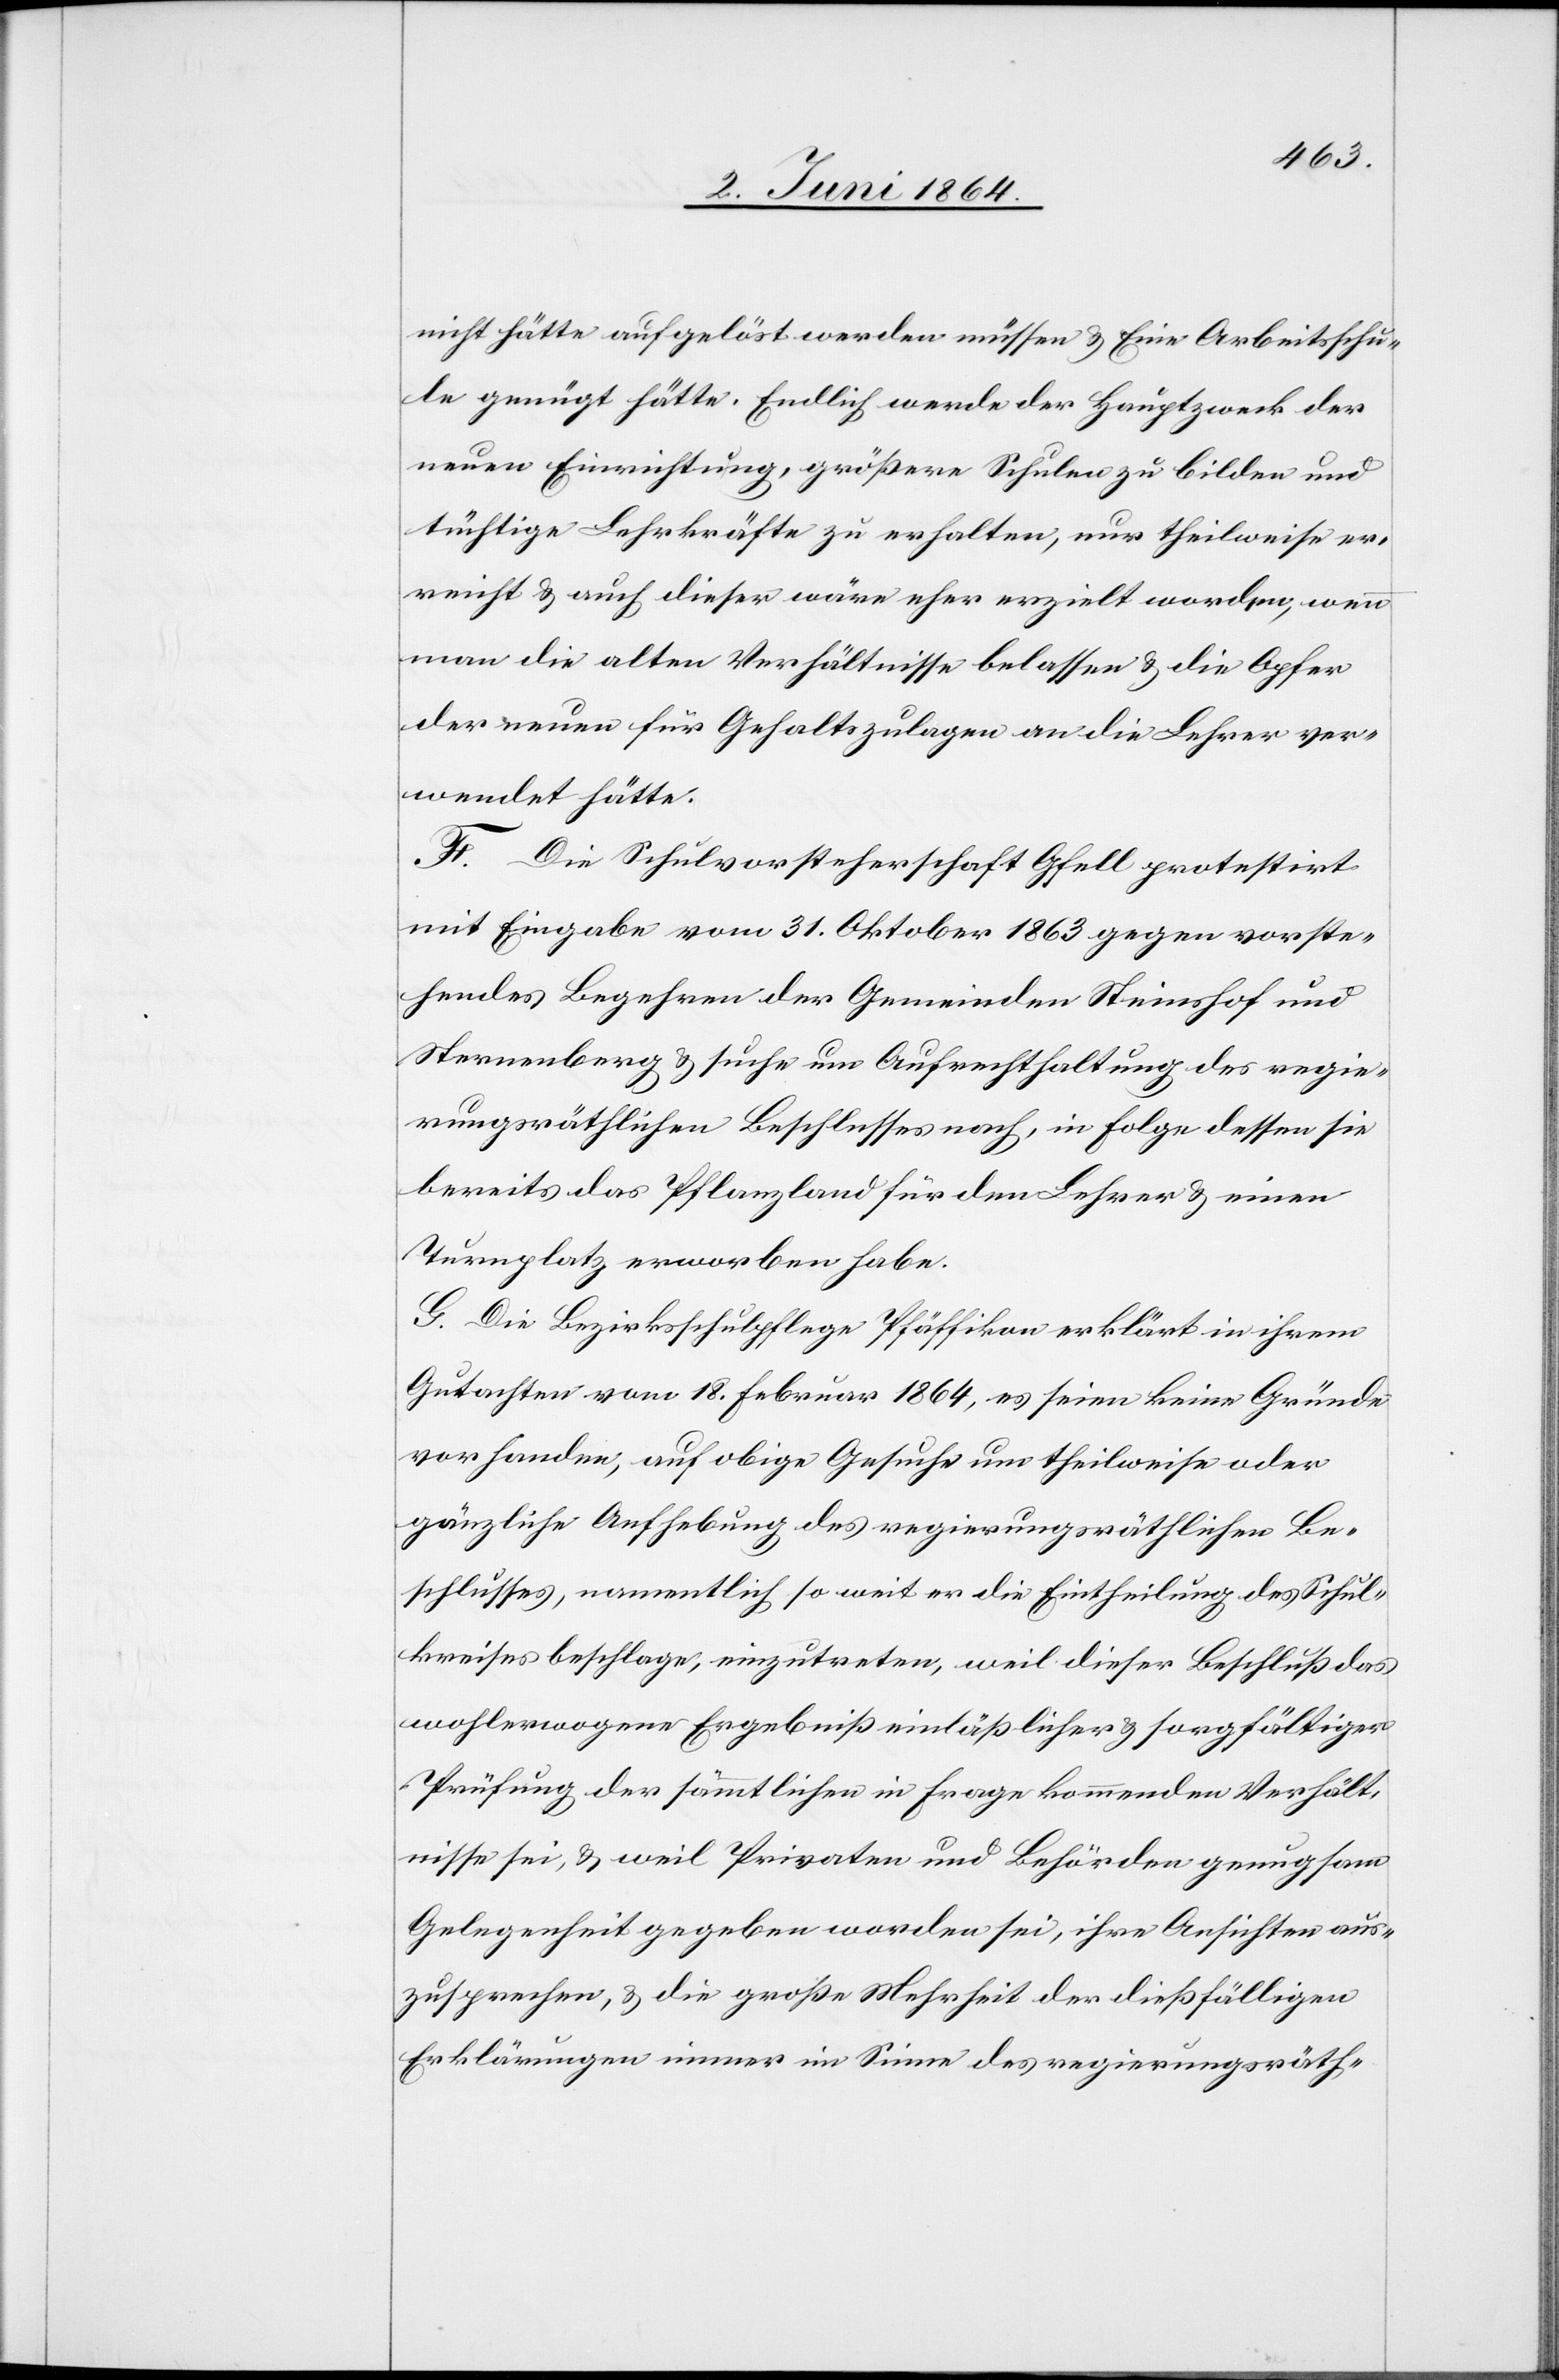
nicht hätte aufgelöst werden müssen u. Eine [sic!] Arbeitsschu¬
le genügt hätte. Endlich werde der Hauptzweck der
neuen Einrichtung, größere Schulen zu bilden und
tüchtige Lehrkräfte zu erhalten, nur theilweise er¬
reicht u. auch dieser wäre eher erzielt worden, wenn
man die alten Verhältnisse belassen u. die Opfer
der neuen für Gehaltszulagen an die Lehrer ver¬
wendet hätte.
F. Die Schulvorsteherschaft Gfell protestirt
mit Eingabe vom 31. Oktober 1863 gegen vorste¬
hendes Begehren der Gemeinden Steinshof und
Sternenberg u. suche um Aufrechterhaltung des regie¬
rungsräthlichen Beschlusses nach, in Folge dessen sie
bereits das Pflanzland für den Lehrer u. einen
Turnplatz erworben habe.
G. Die Bezirksschulpflege Pfäffikon erklärt in ihrem
Gutachten vom 18. Februar 1864, es seien keine Gründe
vorhanden, auf obige Gesuche um theilweise oder
gänzliche Aufhebung des regierungsräthlichen Be¬
schlusses, namentlich so weit er die Eintheilung des Schul¬
kreises beschlage, einzutreten, weil dieser Beschluß das
wohlerwogene Ergebniß einläßlicher u. sorgfältiger
Prüfung der sämmtlichen in Frage kommenden Verhält¬
nisse sei, u. weil Privaten und Behörden genugsam
Gelegenheit gegeben worden sei, ihre Ansichten aus¬
zusprechen, u. die große Mehrheit der dießfälligen
Erklärungen immer im Sinne des regierungsräth-